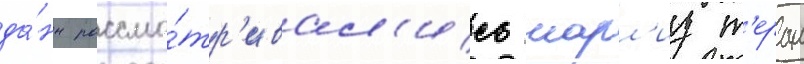
да́нн рассма́тр'ивал'ись шарл'из т'ерон